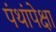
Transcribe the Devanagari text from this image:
पंथांपेक्षा